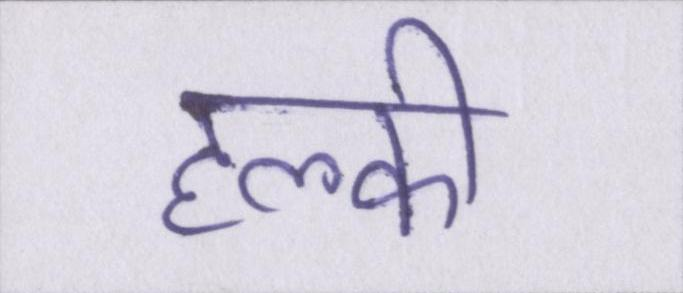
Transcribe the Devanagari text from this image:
हल्की